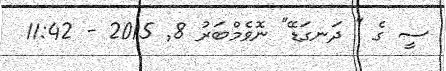
ސީ ގެ " ދަނގަޑޭ" ނޮވެމްބަރު 8